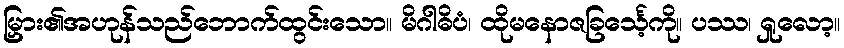
မြှား၏အဟုန်သည်ဘောက်ထွင်းသော။ မိဂါဓိပံ၊ ထိုမနောဇခြင်္သေ့ကို။ ပဿ၊ ရှုလော့။